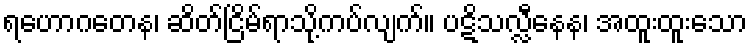
ရဟောဂတေန၊ ဆိတ်ငြိမ်ရာသို့ကပ်လျက်။ ပဋိသလ္လီနေန၊ အထူးထူးသော